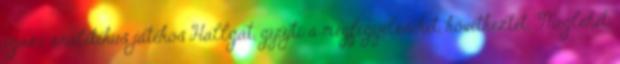
igazi analitikus játékos Hallgat, gyűjti a megfigyeléseket, következtet. Meglehet,